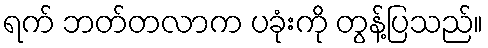
ရက် ဘတ်တလာက ပခုံးကို တွန့်ပြသည်။